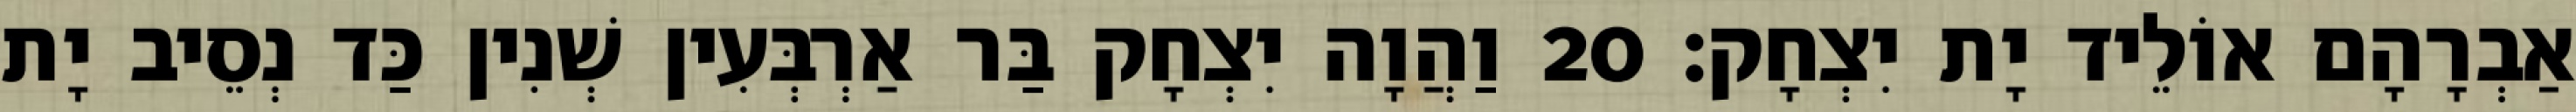
אַבְרָהָם אוֹלֵיד יָת יִצְחָק׃ 20 וַהֲוָה יִצְחָק בַּר אַרְבְּעִין שְׁנִין כַּד נְסֵיב יָת